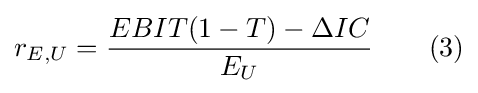
r_{E,U}={\frac {EBIT(1-T)-\Delta IC}{E_{U}}}\qquad (3)